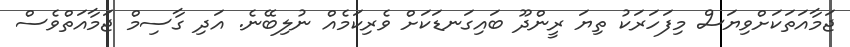
ޖަމާއަތަކަށްވިޔަސް މިފަހަރަކު ތިޔަ ރީންދޫ ބައިގަނޑަކަށް ވެރިކަމެއް ނުލިބޭނެ. އަދި ގާސިމް ޖަމާއަތްވެސް